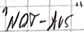
Text: "NOT.AUS"